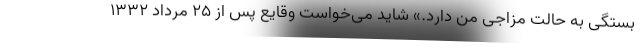
بستگی به حالت مزاجی من دارد.» شاید می‌خواست وقایع پس از 25 مرداد 1332